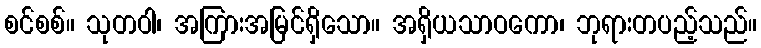
စင်စစ်။ သုတဝါ၊ အကြားအမြင်ရှိသော။ အရှိယသာဝကော၊ ဘုရားတပည့်သည်။